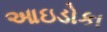
આઇડોકા